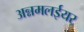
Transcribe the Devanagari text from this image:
अन्नमलईयर